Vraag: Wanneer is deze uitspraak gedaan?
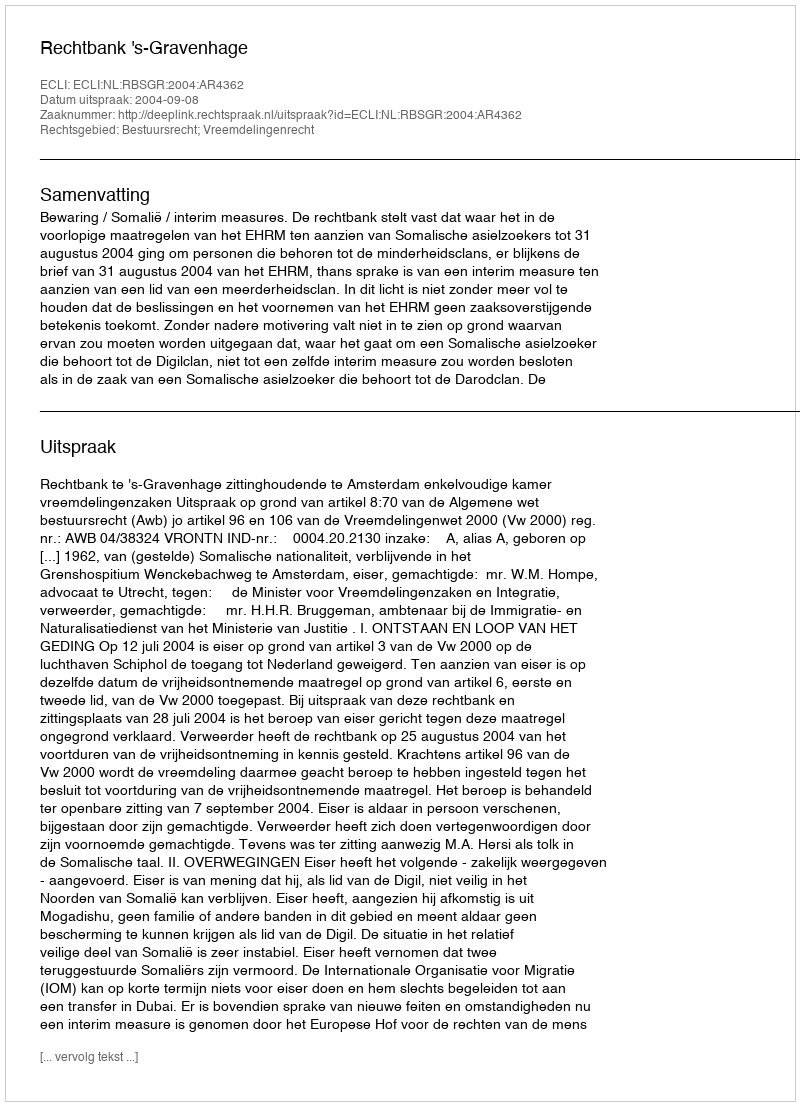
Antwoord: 2004-09-08